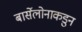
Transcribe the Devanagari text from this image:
बार्सेलोनाकडुन